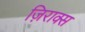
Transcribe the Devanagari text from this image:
ज़िराक्स